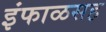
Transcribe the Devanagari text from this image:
इंफाळसह